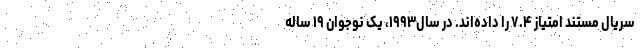
سریال مستند امتیاز ۷.۴ را داده‌اند. در سال۱۹۹۳، یک نوجوان ۱۹ ساله